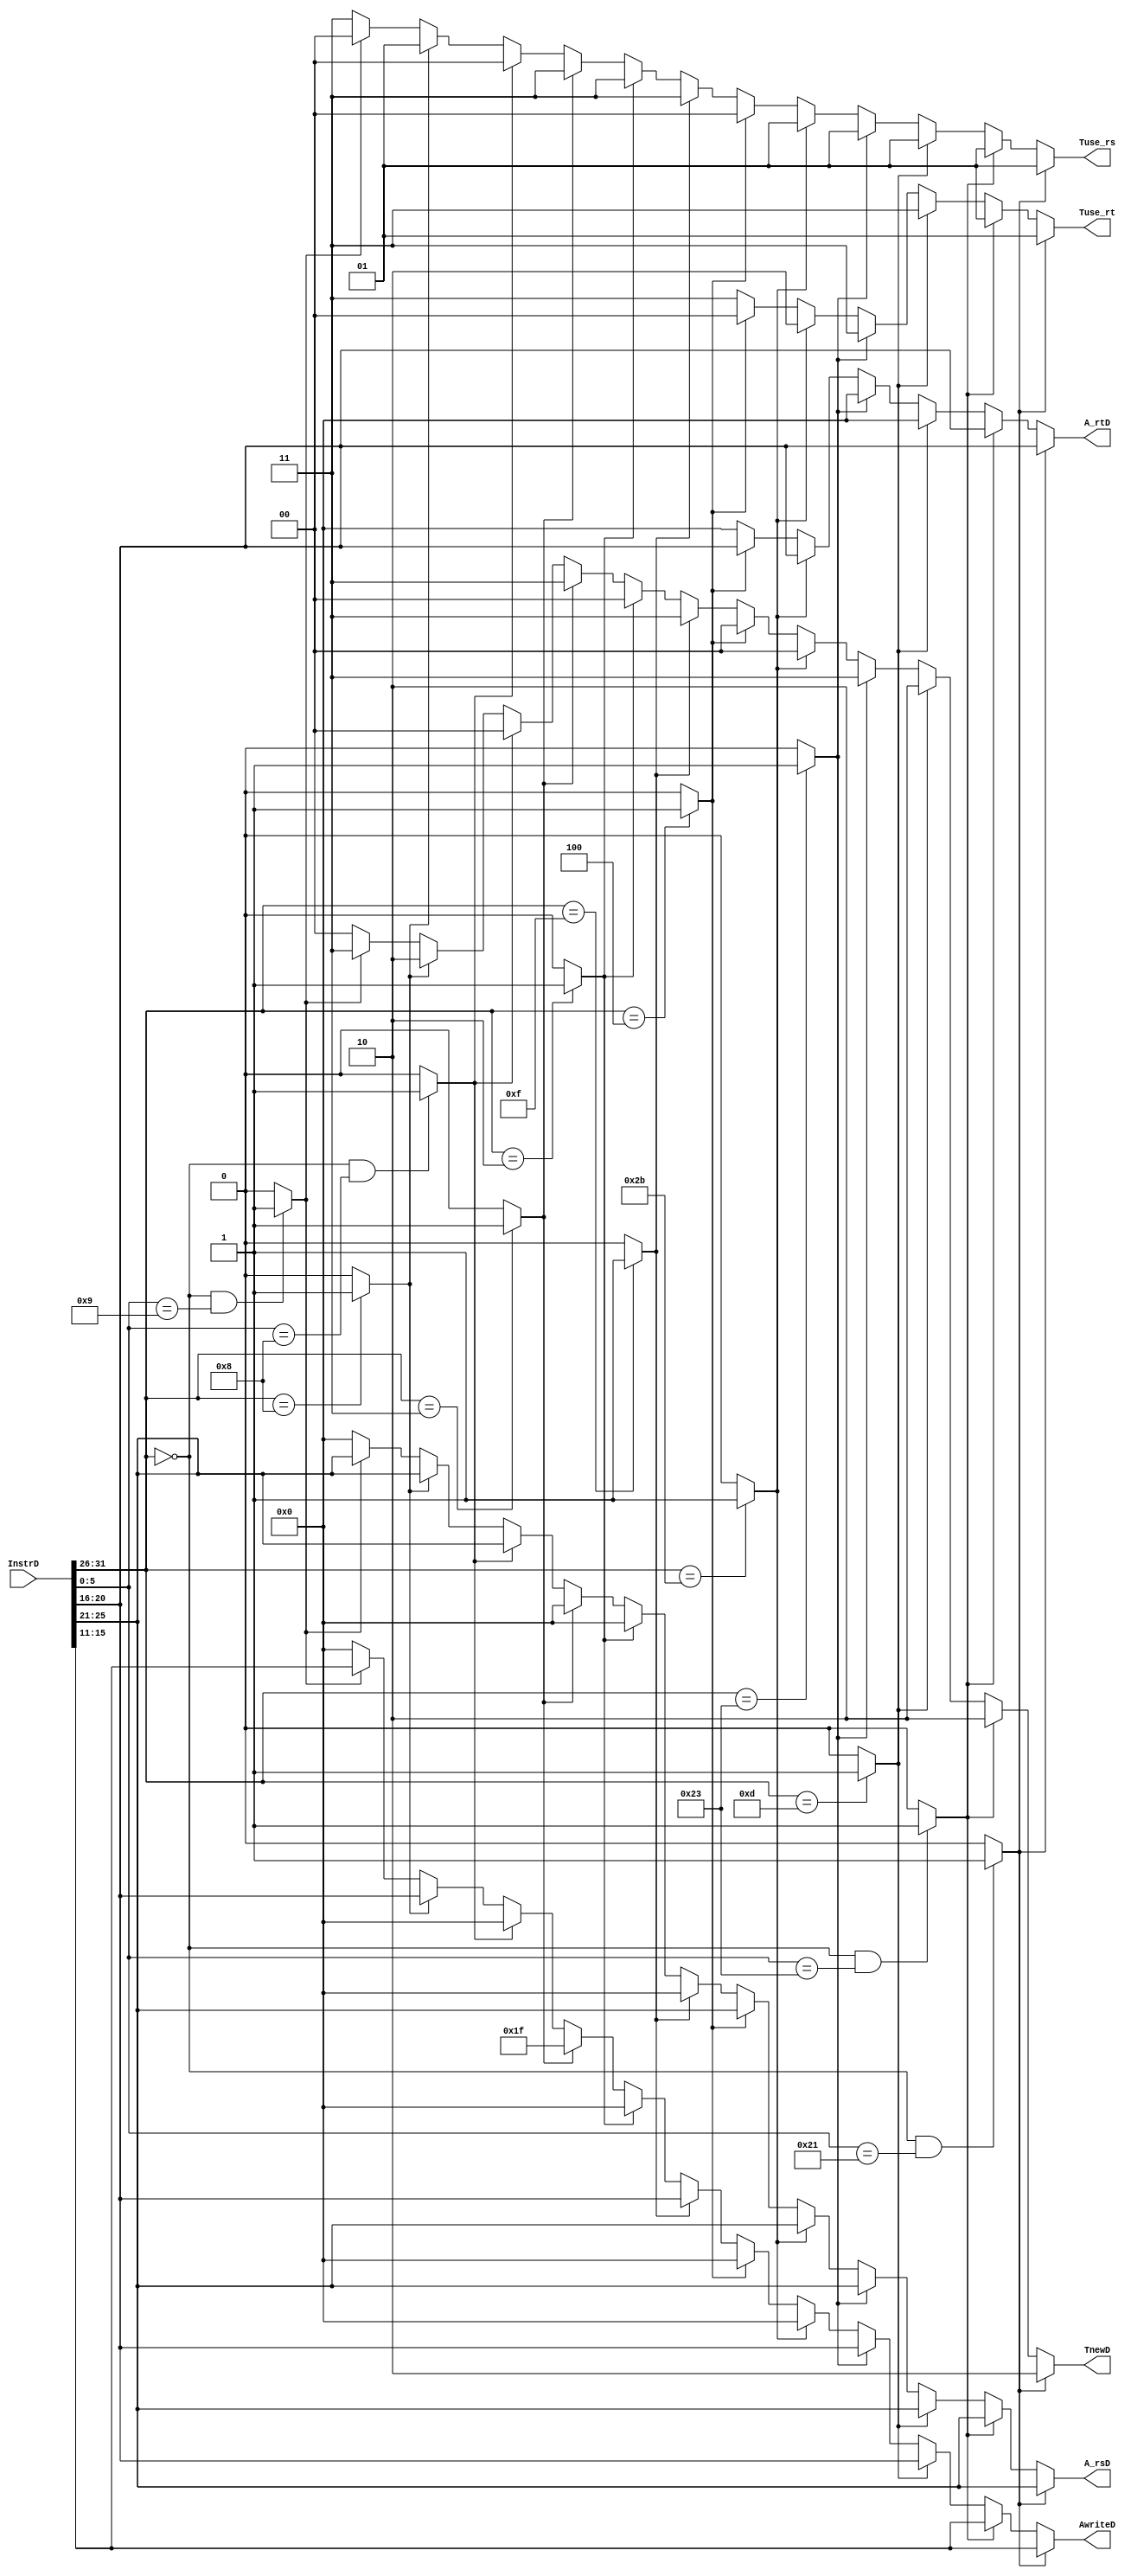
`timescale 1ns / 1ps
//////////////////////////////////////////////////////////////////////////////////
// Company: 
// Engineer: 
// 
// Design Name: 
// Module Name:    AT 
// Project Name: 
// Target Devices: 
// Tool versions: 
// Description: 
//
// Dependencies: 
//
// Revision: 
// Revision 0.01 - File Created
// Additional Comments: 
//
//////////////////////////////////////////////////////////////////////////////////
module AT(
    input [31:0] InstrD,
    output reg [1:0] Tuse_rs,
    output reg [1:0] Tuse_rt,
    output reg [1:0] TnewD,
	 output reg [4:0] A_rsD,
	 output reg [4:0] A_rtD,
	 output reg [4:0] AwriteD
    );
	wire [4:0] rs,rt,rd;
	wire [5:0] op,func;
	assign op=InstrD[31:26];
	assign func=InstrD[5:0];
	assign rs=InstrD[25:21];
	assign rt=InstrD[20:16];
	assign rd=InstrD[15:11];
	wire ADDU,SUBU,JR,ORI,LW,SW,BEQ,LUI,JAL,J,ADDI,JALR;
	//
    assign ADDU=(op==6'b000000&&func==6'b100001)?1'b1:1'b0;
	 assign SUBU=(op==6'b000000&&func==6'b100011)?1'b1:1'b0;
	 assign JR=(op==6'b000000&&func==6'b001000)?1'b1:1'b0;
	 assign ORI=(op==6'b001101)?1'b1:1'b0;
	 assign LW=(op==6'b100011)?1'b1:1'b0;
	 assign SW=(op==6'b101011)?1'b1:1'b0;
	 assign BEQ=(op==6'b000100)?1'b1:1'b0;
	 assign LUI=(op==6'b001111)?1'b1:1'b0;
	 assign JAL=(op==6'b000011)?1'b1:1'b0;
	 assign J=(op==6'b000010)?1'b1:1'b0;
	 assign ADDI=(op==6'b001000)?1'b1:1'b0;
	 assign JALR=(op==6'b000000&&func==6'b001001)?1'b1:1'b0;
	//AT	Tuse=11
	always@(*)
		begin
			if(ADDU==1'b1)
				begin
					Tuse_rs=2'b01;
					Tuse_rt=2'b01;
					TnewD=2'b10;
					A_rsD=rs;
					A_rtD=rt;
					AwriteD=rd;
				end
			else if(SUBU==1'b1)
				begin
					Tuse_rs=2'b01;
					Tuse_rt=2'b01;
					TnewD=2'b10;
					A_rsD=rs;
					A_rtD=rt;
					AwriteD=rd;
				end
			else if(ORI==1'b1)
				begin
					Tuse_rs=2'b01;
					Tuse_rt=2'b11;
					TnewD=2'b10;
					A_rsD=rs;
					A_rtD=5'd0;
					AwriteD=rt;
				end
			else if(LW==1'b1)
				begin
					Tuse_rs=2'b01;
					Tuse_rt=2'b11;
					TnewD=2'b11;
					A_rsD=rs;
					A_rtD=5'd0;
					AwriteD=rt;
				end
			else if(SW==1'b1)
				begin
					Tuse_rs=2'b01;
					Tuse_rt=2'b10;
					TnewD=2'b00;
					A_rsD=rs;
					A_rtD=rt;
					AwriteD=5'd0;
				end
			else if(BEQ==1'b1)
				begin
					Tuse_rs=2'b00;
					Tuse_rt=2'b00;
					TnewD=2'b00;
					A_rsD=rs;
					A_rtD=rt;
					AwriteD=5'd0;
				end
			else if(LUI==1'b1)
				begin
					Tuse_rs=2'b11;
					Tuse_rt=2'b11;
					TnewD=2'b11;
					A_rsD=5'd0;
					A_rtD=5'd0;
					AwriteD=rt;
				end
			else if(J==1'b1)
				begin
					Tuse_rs=2'b11;
					Tuse_rt=2'b11;
					TnewD=2'b00;
					A_rsD=5'd0;
					A_rtD=5'd0;
					AwriteD=5'd0;
				end
			else if(JAL==1'b1)
				begin
					Tuse_rs=2'b11;
					Tuse_rt=2'b11;
					TnewD=2'b11;
					A_rsD=5'd0;
					A_rtD=5'd0;
					AwriteD=5'd31;
				end
			else if(JR==1'b1)
				begin
					Tuse_rs=2'b00;
					Tuse_rt=2'b11;
					TnewD=2'b00;
					A_rsD=rs;
					A_rtD=5'd0;
					AwriteD=5'd0;
				end
			else if(ADDI==1'b1)
				begin
					Tuse_rs=2'b01;
					Tuse_rt=2'b11;
					TnewD=2'b10;
					A_rsD=rs;
					A_rtD=5'd0;
					AwriteD=rt;
				end
			else if(JALR==1'b1)
				begin
					Tuse_rs=2'b00;
					Tuse_rt=2'b11;
					TnewD=2'b11;
					A_rsD=rs;
					A_rtD=5'd0;
					AwriteD=rd;
				end
			else
				begin
					Tuse_rs=2'b11;
					Tuse_rt=2'b11;
					TnewD=2'b00;
					A_rsD=5'd0;
					A_rtD=5'd0;
					AwriteD=5'd0;
				end
		end
endmodule